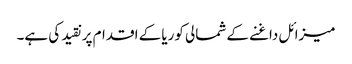
میزائل داغنے کے شمالی کوریا کے اقدام پر نقید کی ہے۔